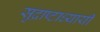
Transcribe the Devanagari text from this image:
सुद्राष्टाध्यायी